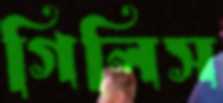
গিলিস